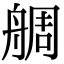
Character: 𦩍